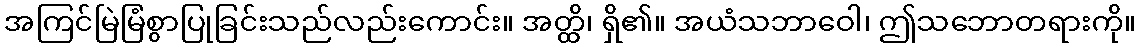
အကြင်မြဲမြံစွာပြုခြင်းသည်လည်းကောင်း။ အတ္ထိ၊ ရှိ၏။ အယံသဘာဝေါ၊ ဤသဘောတရားကို။